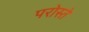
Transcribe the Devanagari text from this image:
परोस्ते